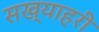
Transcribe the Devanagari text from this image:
सख्याहरी